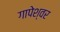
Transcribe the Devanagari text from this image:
गापेश्वर